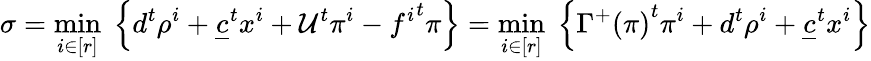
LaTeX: \sigma=\underset{i\in[r]}{\operatorname*{min}}\; \left\lbrace d^{t}\rho^{i}+\underline{{c}}^{t}x^{i}+\mathcal{U}^{t}\pi^{i}-{f^{i}}^{t}\pi\right\rbrace=\underset{i\in[r]}{\operatorname*{min}}\; \left\lbrace{\Gamma^{+}(\pi)}^{t}\pi^{i}+d^{t}\rho^{i}+\underline{{c}}^{t}x^{i}\right\rbrace